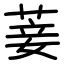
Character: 菨